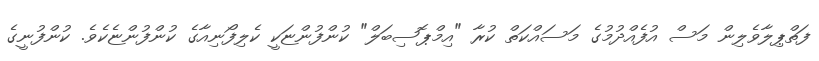
ފަތްޕިލާވެލިން މަސް އުފެއްދުމުގެ މަސައްކަތް ކުރާ "އިމްޕޮސިބަލް" ކުންފުންޏަކީ ކެލިފޯނިއާގެ ކުންފުންޏެކެވެ. ކުންފުނީގެ